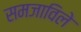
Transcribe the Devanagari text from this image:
समजाविले